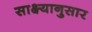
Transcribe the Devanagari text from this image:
साक्ष्यानुसार